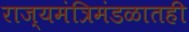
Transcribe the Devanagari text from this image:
राज्यमंत्रिमंडळातही